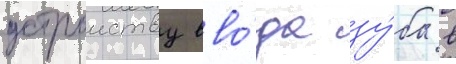
устроиству вво́да зу́ба в